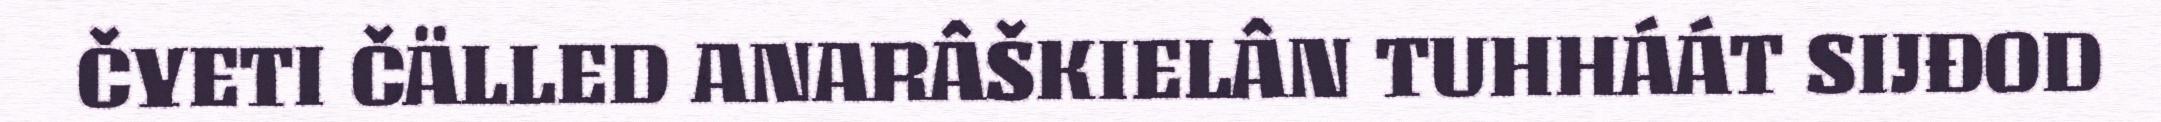
ČYETI ČÄLLED ANARÂŠKIELÂN TUHHÁÁT SIJĐOD